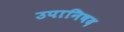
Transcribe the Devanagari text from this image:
उपानिषद